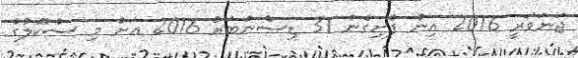
ޖަނަވަރީ 2016 އިން ފެށިގެން 31 ޑިސެންބަރު 2016 އަށް މި ސްކޫލުގެ